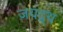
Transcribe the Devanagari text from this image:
जयद्र्थ